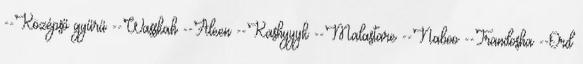
--Középső gyűrű --Wasskah --Aleen --Kashyyyk --Malastare --Naboo --Trandosha --Ord